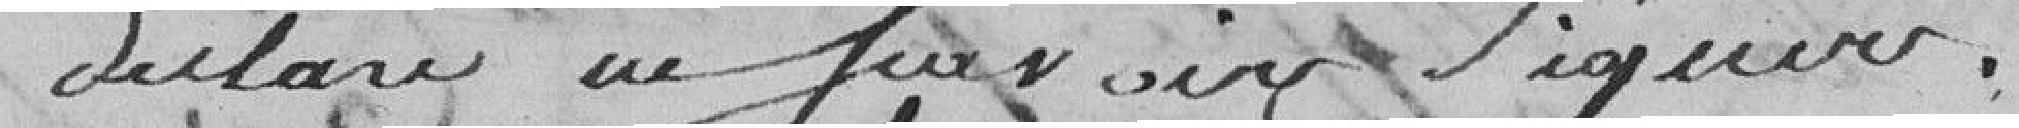
déclaré ne pas avoir rigueur ??